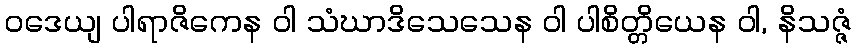
ဝဒေယျ ပါရာဇိကေန ဝါ သံဃာဒိသေသေန ဝါ ပါစိတ္တိယေန ဝါ, နိသဇ္ဇံ